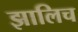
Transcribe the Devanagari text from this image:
झालिच